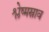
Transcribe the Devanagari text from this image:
श्लेष्मस्राव